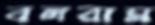
বলরাম